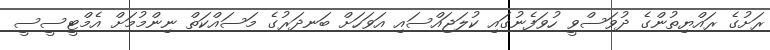
ރަށުގެ ރައްޔިތުންގެ ދުވަސްވީ ހުވަފެނުގައި ކުލަޖައްސައި އަވަހަށް ބަނދަރުގެ މަސައްކަތް ނިންމުމަށް އެމްޓީސީސީ